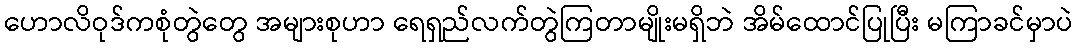
ဟောလိဝုဒ်ကစုံတွဲတွေ အများစုဟာ ရေရှည်လက်တွဲကြတာမျိုးမရှိဘဲ အိမ်ထောင်ပြုပြီး မကြာခင်မှာပဲ